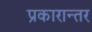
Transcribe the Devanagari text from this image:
प्रकारान्‍तर